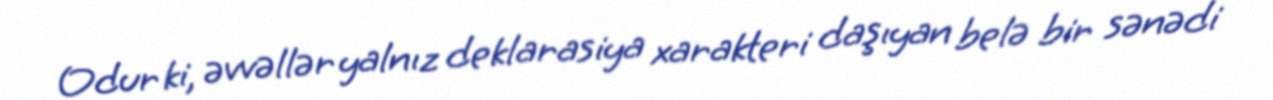
Odur ki, əvvəllər yalnız deklarasiya xarakteri daşıyan belə bir sənədi